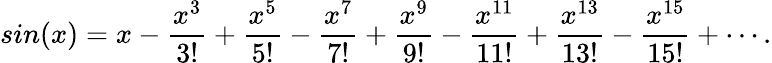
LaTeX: sin(x)=x-\frac{x^{3}}{3!}+\frac{x^{5}}{5!}-\frac{x^{7}}{7!}+\frac{x^{9}}{9!}-\frac{x^{11}}{11!}+\frac{x^{13}}{13!}-\frac{x^{15}}{15!}+\cdots.